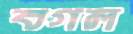
বগল